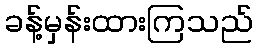
ခန့်မှန်းထားကြသည်